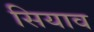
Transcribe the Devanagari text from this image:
सियाव